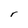
Character: r